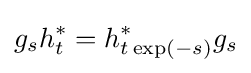
g_{s}h_{t}^{*}=h_{t\exp(-s)}^{*}g_{s}